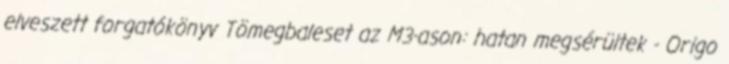
elveszett forgatókönyv Tömegbaleset az M3-ason: hatan megsérültek - Origo